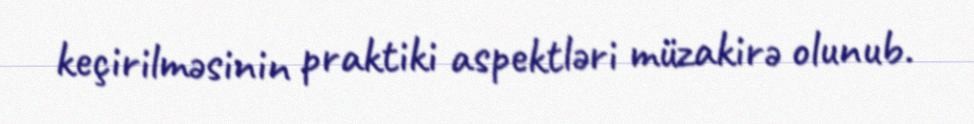
keçirilməsinin praktiki aspektləri müzakirə olunub.